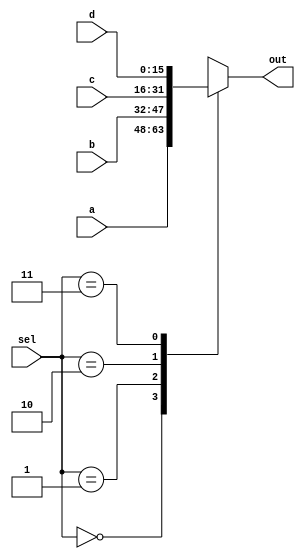
module mux4_#(parameter WIDTH=16)(
  input [WIDTH-1:0] a,
  input [WIDTH-1:0] b,
  input [WIDTH-1:0] c,
  input [WIDTH-1:0] d,
  input [1:0] sel, 
  output reg   [WIDTH-1:0] out);
  
  always @(*)
  begin
    case(sel)
      2'b00 : out<=a;
      2'b01 : out<=b;
      2'b10 : out<=c;
      2'b11 : out<=d;
      default : out<= 16'hxxxx;
    endcase
  end
  
endmodule